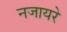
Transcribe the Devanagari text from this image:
नजायरे